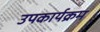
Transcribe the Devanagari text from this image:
उपकार्यक्रम